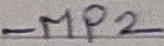
Text: MP2